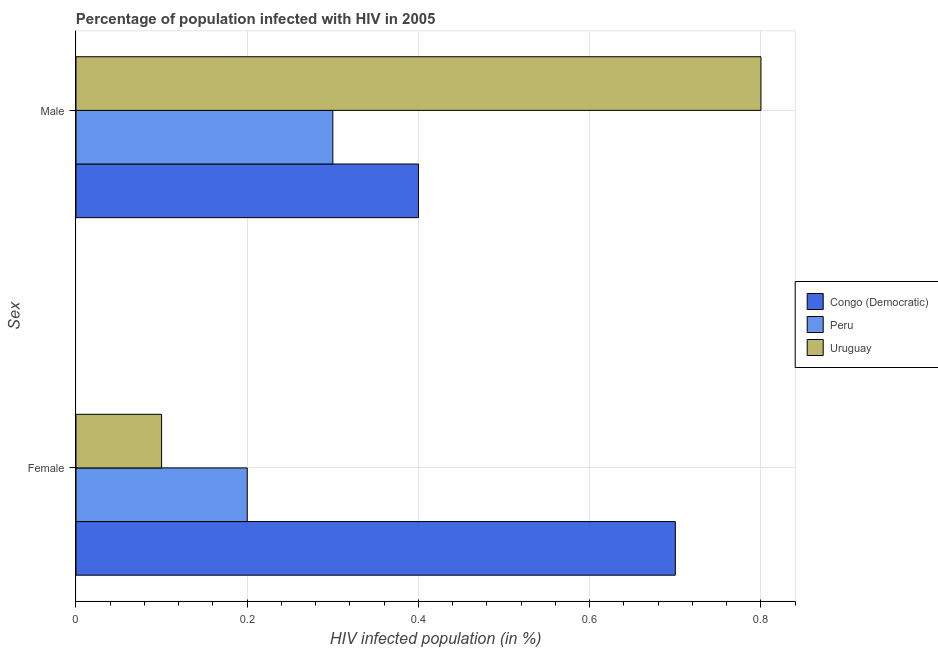
| Sex | Congo (Democratic) | Peru | Uruguay |
 | --- | --- | --- | --- |
 | Female | 0.7 | 0.2 | 0.1 |
 | Male | 0.4 | 0.3 | 0.8 |